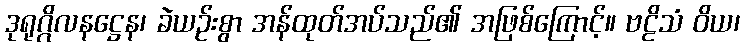
ဒုရုဂ္ဂိလနဋ္ဌေန၊ ခဲယဉ်းစွာ အန်ထုတ်အပ်သည်၏ အဖြစ်ကြောင့်။ ဗဠိသံ ဝိယ၊